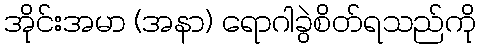
အိုင်းအမာ (အနာ) ရောဂါခွဲစိတ်ရသည်ကို